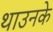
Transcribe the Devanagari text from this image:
थाउनके